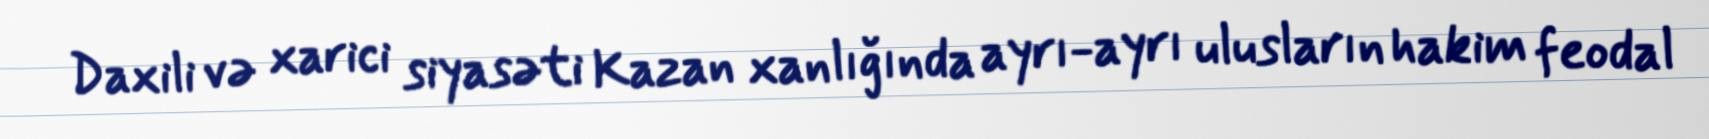
Daxili və xarici siyasəti Kazan xanlığında ayrı-ayrı ulusların hakim feodal